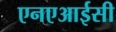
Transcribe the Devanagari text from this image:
एनएआईसी